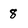
Character: 8